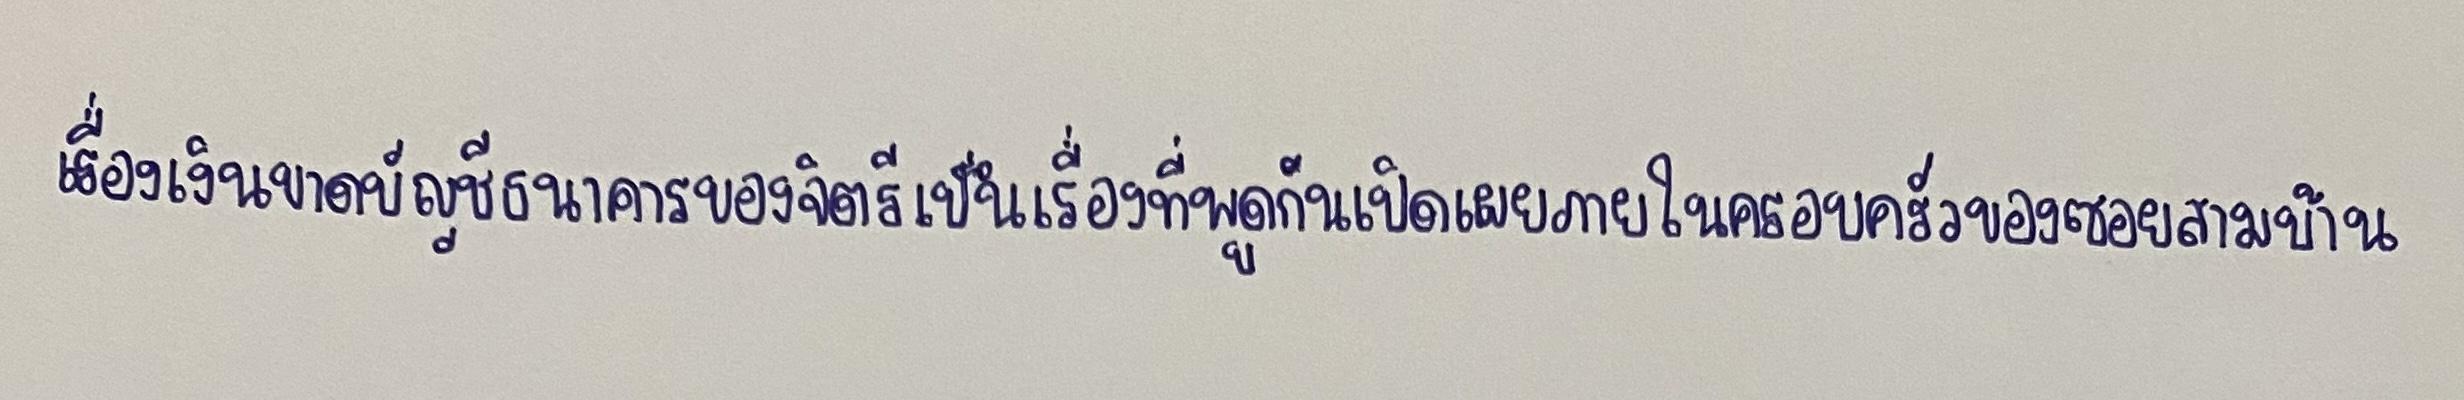
เรื่องเงินขาดบัญชีธนาคารของจิตรีเป็นเรื่องที่พูดกันเปิดเผยภายในครอบครัวของซอยสามบ้าน